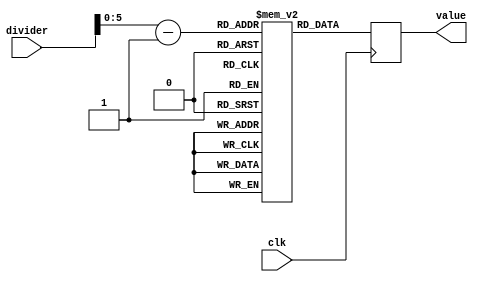
module pll_lock_lookup(
    input clk,
    input [6:0] divider,
    output reg [39:0] value
    );
    (*rom_style = "block" *) reg [39:0] lookup [0:64];
    wire [5:0] addr;
   initial
   begin
            lookup[00]=40'b00110_00110_1111101000_1111101001_0000000001;
            lookup[01]=40'b00110_00110_1111101000_1111101001_0000000001;
            lookup[02]=40'b01000_01000_1111101000_1111101001_0000000001;
            lookup[03]=40'b01011_01011_1111101000_1111101001_0000000001;
            lookup[04]=40'b01110_01110_1111101000_1111101001_0000000001;
            lookup[05]=40'b10001_10001_1111101000_1111101001_0000000001;
            lookup[06]=40'b10011_10011_1111101000_1111101001_0000000001;
            lookup[07]=40'b10110_10110_1111101000_1111101001_0000000001;
            lookup[08]=40'b11001_11001_1111101000_1111101001_0000000001;
            lookup[09]=40'b11100_11100_1111101000_1111101001_0000000001;
            lookup[10]=40'b11111_11111_1110000100_1111101001_0000000001;
            lookup[11]=40'b11111_11111_1100111001_1111101001_0000000001;
            lookup[12]=40'b11111_11111_1011101110_1111101001_0000000001;
            lookup[13]=40'b11111_11111_1010111100_1111101001_0000000001;
            lookup[14]=40'b11111_11111_1010001010_1111101001_0000000001;
            lookup[15]=40'b11111_11111_1001110001_1111101001_0000000001;
            lookup[16]=40'b11111_11111_1000111111_1111101001_0000000001;
            lookup[17]=40'b11111_11111_1000100110_1111101001_0000000001;
            lookup[18]=40'b11111_11111_1000001101_1111101001_0000000001;
            lookup[19]=40'b11111_11111_0111110100_1111101001_0000000001;
            lookup[20]=40'b11111_11111_0111011011_1111101001_0000000001;
            lookup[21]=40'b11111_11111_0111000010_1111101001_0000000001;
            lookup[22]=40'b11111_11111_0110101001_1111101001_0000000001;
            lookup[23]=40'b11111_11111_0110010000_1111101001_0000000001;
            lookup[24]=40'b11111_11111_0110010000_1111101001_0000000001;
            lookup[25]=40'b11111_11111_0101110111_1111101001_0000000001;
            lookup[26]=40'b11111_11111_0101011110_1111101001_0000000001;
            lookup[27]=40'b11111_11111_0101011110_1111101001_0000000001;
            lookup[28]=40'b11111_11111_0101000101_1111101001_0000000001;
            lookup[29]=40'b11111_11111_0101000101_1111101001_0000000001;
            lookup[30]=40'b11111_11111_0100101100_1111101001_0000000001;
            lookup[31]=40'b11111_11111_0100101100_1111101001_0000000001;
            lookup[32]=40'b11111_11111_0100101100_1111101001_0000000001;
            lookup[33]=40'b11111_11111_0100010011_1111101001_0000000001;
            lookup[34]=40'b11111_11111_0100010011_1111101001_0000000001;
            lookup[35]=40'b11111_11111_0100010011_1111101001_0000000001;
            lookup[36]=40'b11111_11111_0011111010_1111101001_0000000001;
            lookup[37]=40'b11111_11111_0011111010_1111101001_0000000001;
            lookup[38]=40'b11111_11111_0011111010_1111101001_0000000001;
            lookup[39]=40'b11111_11111_0011111010_1111101001_0000000001;
            lookup[40]=40'b11111_11111_0011111010_1111101001_0000000001;
            lookup[41]=40'b11111_11111_0011111010_1111101001_0000000001;
            lookup[42]=40'b11111_11111_0011111010_1111101001_0000000001;
            lookup[43]=40'b11111_11111_0011111010_1111101001_0000000001;
            lookup[44]=40'b11111_11111_0011111010_1111101001_0000000001;
            lookup[45]=40'b11111_11111_0011111010_1111101001_0000000001;
            lookup[46]=40'b11111_11111_0011111010_1111101001_0000000001;
            lookup[47]=40'b11111_11111_0011111010_1111101001_0000000001;
            lookup[48]=40'b11111_11111_0011111010_1111101001_0000000001;
            lookup[49]=40'b11111_11111_0011111010_1111101001_0000000001;
            lookup[50]=40'b11111_11111_0011111010_1111101001_0000000001;
            lookup[51]=40'b11111_11111_0011111010_1111101001_0000000001;
            lookup[52]=40'b11111_11111_0011111010_1111101001_0000000001;
            lookup[53]=40'b11111_11111_0011111010_1111101001_0000000001;
            lookup[54]=40'b11111_11111_0011111010_1111101001_0000000001;
            lookup[55]=40'b11111_11111_0011111010_1111101001_0000000001;
            lookup[56]=40'b11111_11111_0011111010_1111101001_0000000001;
            lookup[57]=40'b11111_11111_0011111010_1111101001_0000000001;
            lookup[58]=40'b11111_11111_0011111010_1111101001_0000000001;
            lookup[59]=40'b11111_11111_0011111010_1111101001_0000000001;
            lookup[60]=40'b11111_11111_0011111010_1111101001_0000000001;
            lookup[6]=40'b11111_11111_0011111010_1111101001_0000000001;
            lookup[00]=40'b11111_11111_0011111010_1111101001_0000000001;
            lookup[00]=40'b11111_11111_0011111010_1111101001_0000000001;
   end
   
   assign addr = divider - 1;
   always @(posedge clk)
   begin
       value = lookup[addr];
   end 

endmodule